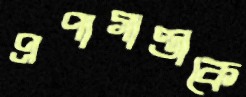
প্রপাগাণ্ডাকে